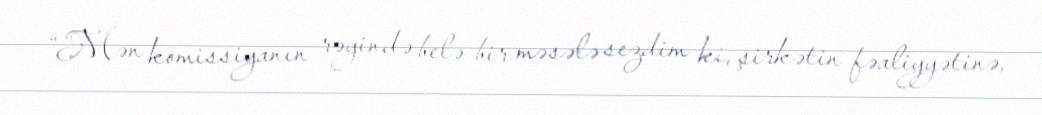
“Mən komissiyanın rəyində belə bir məsələ sezdim ki, şirkətin fəaliyyətinə,